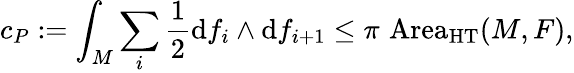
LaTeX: c_{P}:=\int_{M}\sum_{i}{\frac{1}{2}}\mathrm{d}f_{i}\wedge\mathrm{d}f_{i+1}\leq\pi\, \operatorname{Area}_{\mathrm{HT}}(M,F),